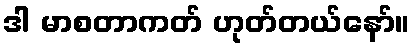
ဒါ မာစတာကတ် ဟုတ်တယ်နော်။